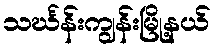
သင်္ဃန်းကျွန်းမြို့နယ်